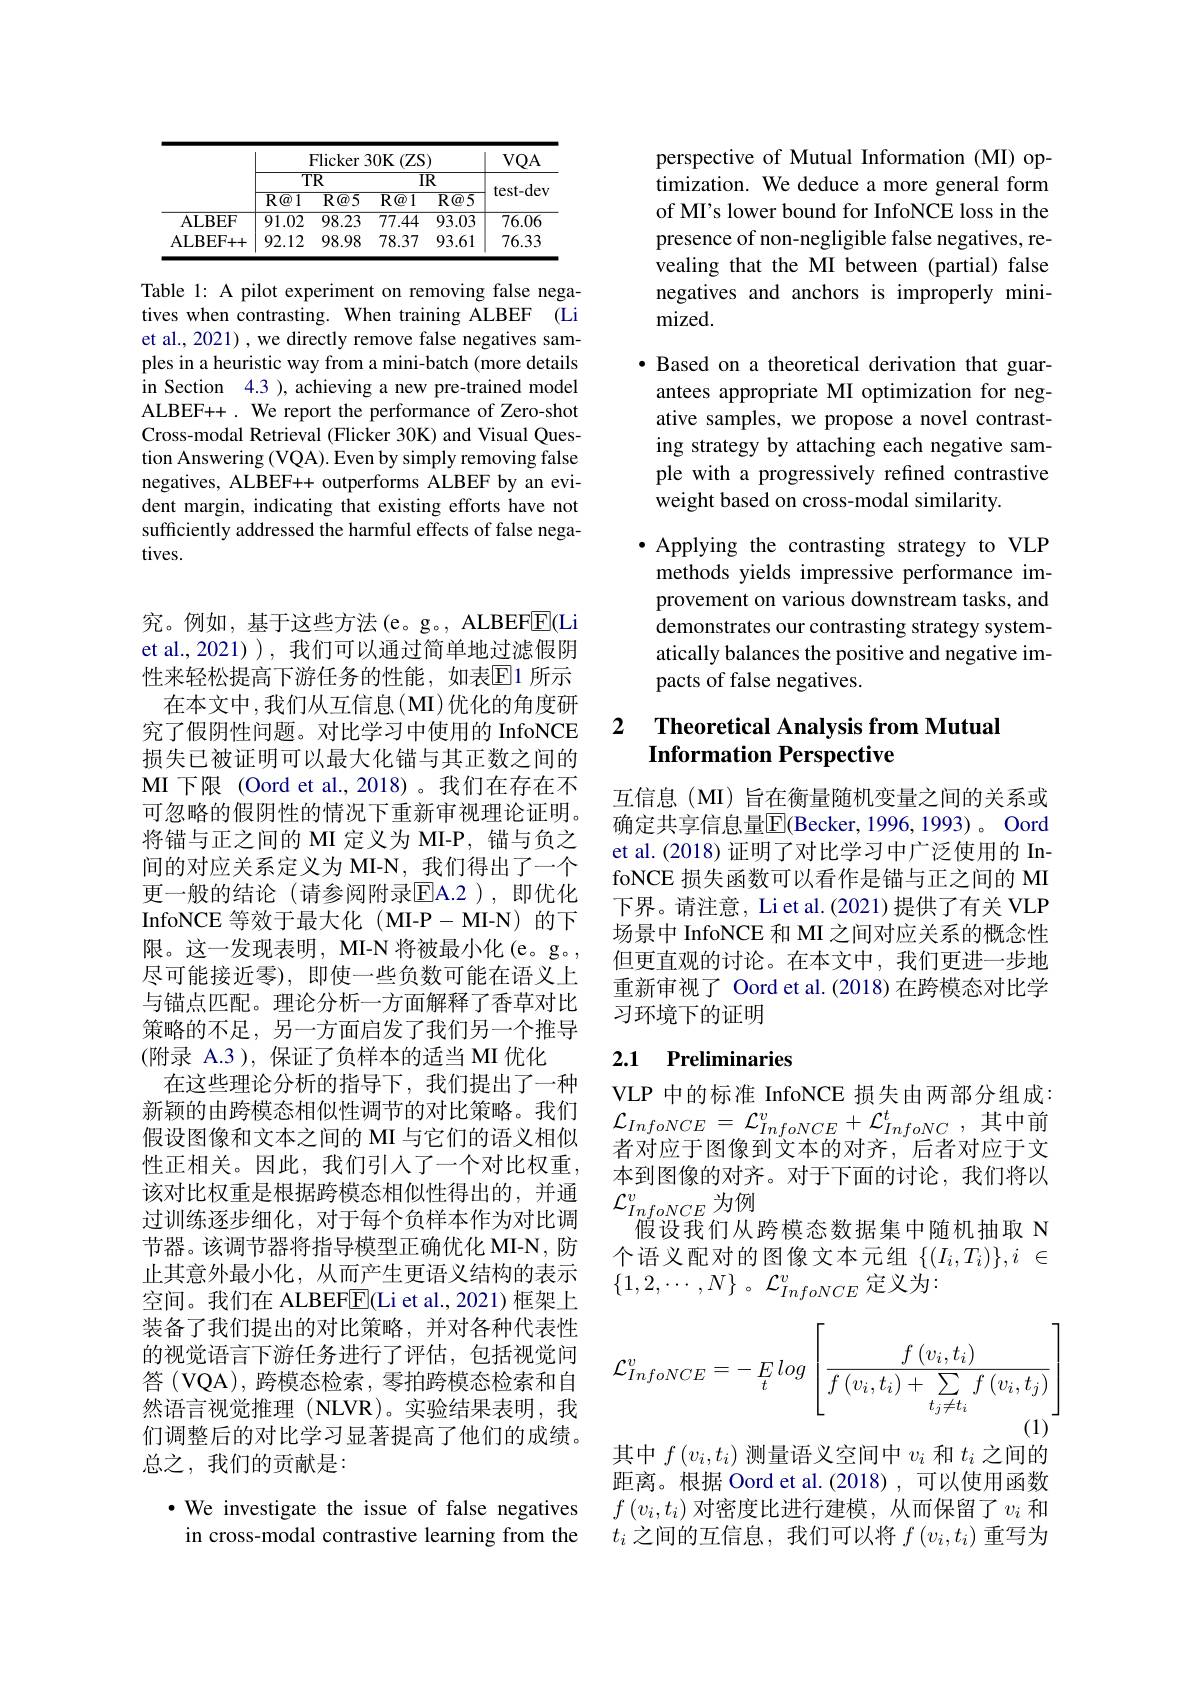
<table>
	<tbody>
		<tr>
			<th> </th>
			<th colspan="4">Flicker 30K (ZS)</th>
			<th rowspan="3">VQA test- dev</th>
		</tr>
		<tr>
			<th> </th>
			<th colspan="2"> $TR$</th>
			<th>$\overline{\mathrm{I}}$</th>
			<th>$\overline{\mathbb{R}}$</th>
		</tr>
		<tr>
			<th> </th>
			<th>$\overline{\mathrm{R@1}}$</th>
			<th>$\overline{R@5}$</th>
			<th>$\overline{\mathrm{R@1}}$</th>
			<th>$\overline{R@5}$</th>
		</tr>
		<tr>
			<td>ALBEF</td>
			<td>91.02</td>
			<td>98.23</td>
			<td>77.44</td>
			<td>93.03</td>
			<td>$\overline{76.06}$</td>
		</tr>
		<tr>
			<td>ALBEF+ + </td>
			<td>92.12</td>
			<td>98.98</td>
			<td>78.37</td>
			<td>93.61</td>
			<td>76.33</td>
		</tr>
	</tbody>
</table>

Table 1: A pilot experiment on removing false negatives when contrasting. When training ALBEF (Li et al., 2021) , we directly remove false negatives samples in a heuristic way from a mini-batch (more details in Section 4.3 ), achieving a new pre-trained model ALBEF++ . We report the performance of Zero-shot Cross-modal Retrieval (Flicker 30K) and Visual Question Answering (VQA). Even by simply removing false negatives, ALBEF++ outperforms ALBEF by an evident margin, indicating that existing efforts have not sufficiently addressed the harmful effects of false negatives.

究。例如，基于这些方法(e。g。, ALBEFE(Li et al.,2021) ), 我们可以通过简单地过滤假阴性来轻松提高下游任务的性能，如表$\overline{\mathrm{E}}$1 所示
在本文中，我们从互信息(MI)优化的角度研究了假阴性问题。对比学习中使用的 InfoNCE 损失已被证明可以最大化锚与其正数之间的MI 下限 (Oord et al.,2018)。我们在存在不可忽略的假阴性的情况下重新审视理论证明。将锚与正之间的 MI 定义为 MI-P, 锚与负之间的对应关系定义为 MI-N,我们得出了一个更一般的结论(请参阅附录EA.2),即优化InfoNCE 等效于最大化(MI-P-MI-N)的下限。这一发现表明，MI-N 将被最小化(e。g。, 尽可能接近零),即使一些负数可能在语义上与锚点匹配。理论分析一方面解释了香草对比策略的不足，另一方面启发了我们另一个推导(附录 A.3), 保证了负样本的适当 MI 优化
在这些理论分析的指导下，我们提出了一种新颖的由跨模态相似性调节的对比策略。我们假设图像和文本之间的 MI 与它们的语义相似性正相关。因此，我们引人了一个对比权重， 该对比权重是根据跨模态相似性得出的，并通过训练逐步细化，对于每个负样本作为对比调节器。该调节器将指导模型正确优化 MI-N, 防止其意外最小化，从而产生更语义结构的表示空间。我们在 ALBEF$\overline{\mathrm{E}}($Li et al.,2021)框架上装备了我们提出的对比策略，并对各种代表性的视觉语言下游任务进行了评估，包括视觉问答 (VQA), 跨模态检索，零拍跨模态检索和自然语言视觉推理(NLVR)。实验结果表明，我们调整后的对比学习显著提高了他们的成绩。总之，我们的贡献是：

$\cdot$ We investigate the issue of false negatives in cross-modal contrastive learning from the

perspective of Mutual Information (MI) optimization. We deduce a more general form of MI's lower bound for InfoNCE loss in the presence of non-negligible false negatives, revealing that the MI between (partial) false negatives and anchors is improperly minimized.

·Based on a theoretical derivation that guar-
antees appropriate MI optimization for negative samples, we propose a novel contrasting strategy by attaching each negative sample with a progressively refined contrastive weight based on cross-modal similarity.

·Applying the contrasting strategy to VLP
methods yields impressive performance improvement on various downstream tasks, and demonstrates our contrasting strategy systematically balances the positive and negative impacts of false negatives.

## 2 Theoretical Analysis from Mutual Information Perspective

互信息(MI)旨在衡量随机变量之间的关系或确定共享信息量$\overline{\mathbb{E}}$(Becker, 1996, 1993)。Oord et al.(2018) 证明了对比学习中广泛使用的 InfoNCE 损失函数可以看作是锚与正之间的 MI 下界。请注意，Li et al. (2021) 提供了有关 VLP 场景中 InfoNCE 和 MI 之间对应关系的概念性但更直观的讨论。在本文中，我们更进一步地重新审视了 Oord et al.(2018)在跨模态对比学习环境下的证明

## 2.1 Preliminaries

VLP 中的标准 InfoNCE 损失由两部分组成： $\mathcal{L}_{InfoNCE}=\mathcal{L}_{InfoNCE}^{v}+\mathcal{L}_{InfoNC}^{t}$,其中前者对应于图像到文本的对齐，后者对应于文本到图像的对齐。对于下面的讨论，我们将以$\mathcal{L}_{InfoNCE}^{v}$为例
假设我们从跨模态数据集中随机抽取 N 个语义配对的图像文本元组$\{(I_i,T_i)\},i\in$ $\{ 1, 2, \cdots , N\}$ 。$\mathcal{L} _{InfoNCE}^v$定义为：
$$\mathcal{L}_{InfoNCE}^{v}=-\underset{t}{E}\:log\left[\frac{f\left(v_{i},t_{i}\right)}{f\left(v_{i},t_{i}\right)+\underset{t_{j}\neq t_{i}}{\sum}f\left(v_{i},t_{j}\right)}\right]$$
其中$f\left(v_i,t_i\right)$测量语义空间中$v_i$和$t_i$之间的距离。根据 Oord et al.(2018),可以使用函数$f\left(v_i,t_i\right)$对密度比进行建模，从而保留了$v_i$ 和$t_i$ 之间的互信息，我们可以将 $f\left(v_i,t_i\right)$重写为